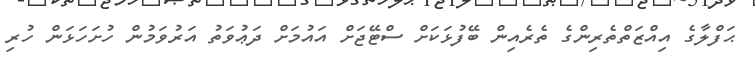
ޙަފްލާގެ އިއްޒަތްތެރިންގެ ތެރެއިން ބޭފުޅަކަށް ސްޓޭޖަށް އައުމަށް ދަޢުވަތު އަރުވަމުން ހުށަހަޅަން ހުރި